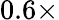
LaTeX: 0.6\times